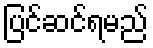
ပြင်ဆင်ရမည်